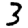
Digit: 3